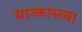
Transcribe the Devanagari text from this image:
साय्कास्च्या